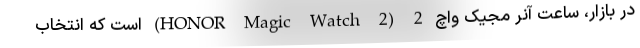
در بازار، ساعت آنر مجیک واچ 2 (HONOR Magic Watch 2) است که انتخاب